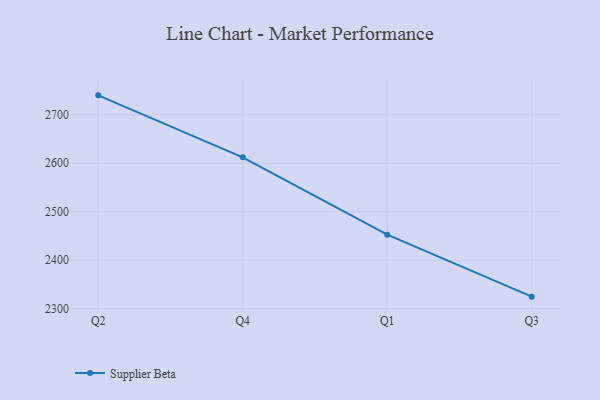
{"axis": {"x": "Quarter", "y": "Headcount"}, "legend": ["Supplier Beta"], "data": [{"x": "Q2", "y": 2740.1, "type": "Supplier Beta"}, {"x": "Q4", "y": 2612.2, "type": "Supplier Beta"}, {"x": "Q1", "y": 2452.8, "type": "Supplier Beta"}, {"x": "Q3", "y": 2324.9, "type": "Supplier Beta"}]}